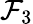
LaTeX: \mathcal{F}_{3}